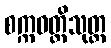
စက္ကဝတ္တိသုတ္တ